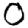
Digit: 0